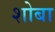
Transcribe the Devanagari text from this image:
शोबा